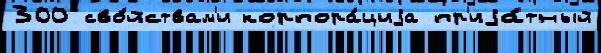
300 сво́йствам'и корпора́циjа пр'иjа́тный